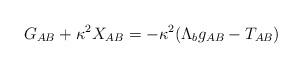
LaTeX: \begin{align*}G_{AB}+\kappa^2 X_{AB}=-\kappa^2(\Lambda_b g_{AB}-T_{AB})\end{align*}